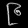
Digit: ၉